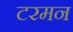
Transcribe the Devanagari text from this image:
टरमन